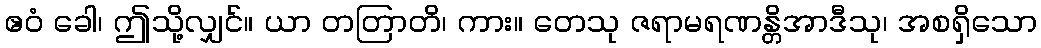
ဧဝံ ခေါ၊ ဤသို့လျှင်။ ယာ တတြာတိ၊ ကား။ တေသု ဇရာမရဏန္တိအာဒီသု၊ အစရှိသော